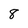
Character: 8